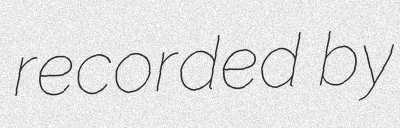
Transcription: recorded by